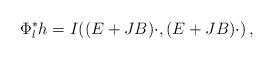
LaTeX: \begin{align*} \Phi_l^*h=I((E+JB)\cdot,(E+JB)\cdot)\,,\end{align*}